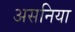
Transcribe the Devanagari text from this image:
असनिया